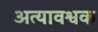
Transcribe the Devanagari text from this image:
अत्यावश्वक